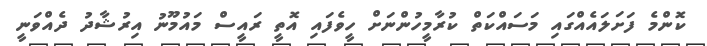
ކޮންމެ ފަށަލައެއްގައި މަސައްކަތް ކުރާމީހުންނަށް ހީވެފައި އޮތީ ރައީސް މައުމޫނު އިރުޝާދު ދެއްވަނީ